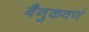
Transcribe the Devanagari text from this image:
बैनुकवर्ण